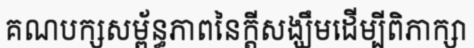
គណបក្សសម្ព័ន្ធភាពនៃក្តីសង្ឃឹមដើម្បីពិភាក្សា